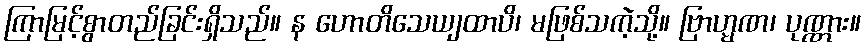
ကြာမြင့်စွာတည်ခြင်းရှိသည်။ န ဟောတိသေယျထာပိ၊ မဖြစ်သကဲ့သို့။ ဗြာဟ္မဏ၊ ပုဏ္ဏား။